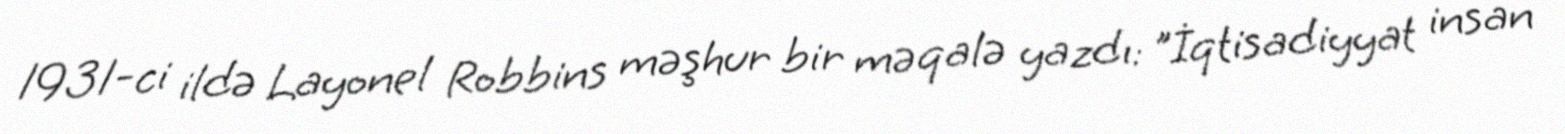
1931-ci ildə Layonel Robbins məşhur bir məqalə yazdı: "İqtisadiyyat insan